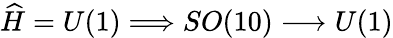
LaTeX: \widehat{H}=U(1)\Longrightarrow SO(10)\longrightarrow U(1)